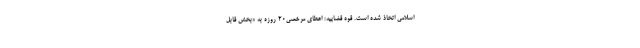
اسلامی اتخاذ شده است. قوه قضاییه: اعطای مرخصی۲۰ روزه به «بخش قابل